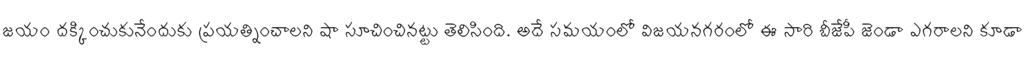
జయం దక్కించుకునేందుకు ప్రయత్నించాలని షా సూచించినట్టు తెలిసింది. అదే సమయంలో విజయనగరంలో ఈ సారి బీజేపీ జెండా ఎగరాలని కూడా